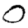
Digit: 0